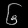
Digit: ၆